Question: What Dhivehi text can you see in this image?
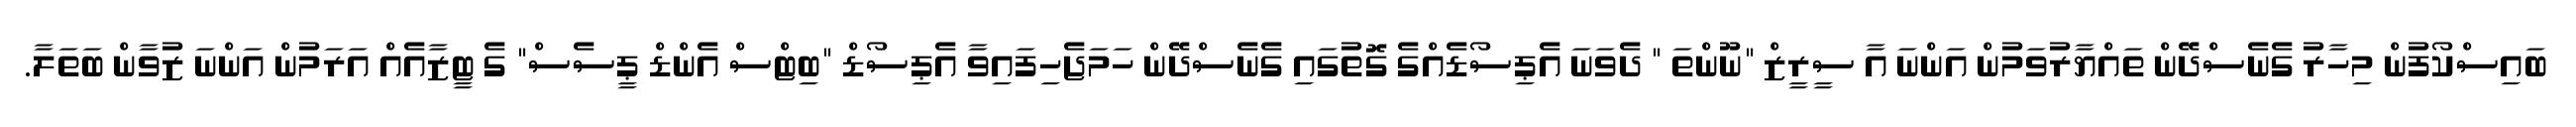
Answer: ބައިސްކޯފުން މިހާރު ގެނެސްދޭން ތައްޔާރުވަމުން އަންނަ އާ ސީރީޒް "ނޫންތަ " ދެވަނަ އެޕިސޯޑެއްގެ ގޮތުގައި ގެނެސްދޭން ހަމަޖެހިފައިވާ އެޕިސޯޑް "ބިޓްސް އެންޑް ޕީސެސް" ގެ ޓީޒާއެއް އަރަމުން އަންނަ ޒުވާން ބަތަލާ.